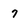
Character: 7